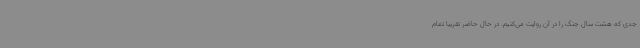
جدی که هشت سال جنگ را در آن روایت می‌کنیم. در حال حاضر تقریبا تمام